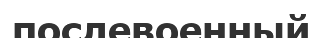
послевоенный